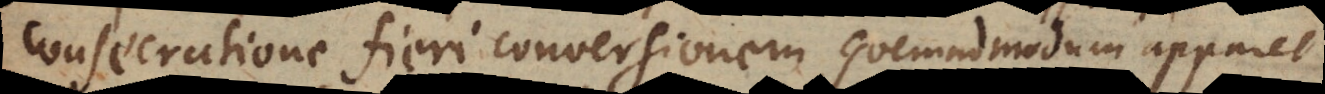
consecratione fieri conversionem, quemadmodum apparet